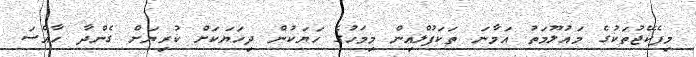
މިޕެކޭޖުތަކުގެ މައުލޫމަތު އަމާނަ ތަކަފުލްއިން މިމަހުގެ ހަޔަކުން ދިހަޔަކަށް ކުރިޔަށް ގެންދާ ހާއްސަ